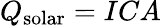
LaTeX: Q_{\mathrm{solar}}=ICA